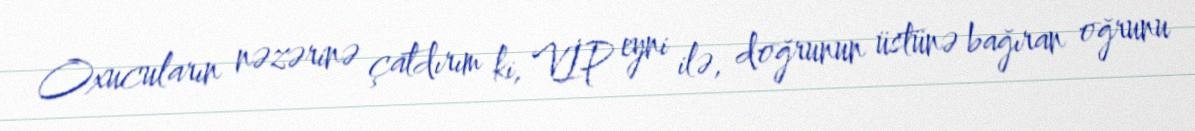
Oxucuların nəzərinə çatdırım ki, VİP eyni ilə, doğrunun üstünə bağıran oğrunu